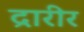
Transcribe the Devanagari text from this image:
द्रारीर